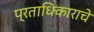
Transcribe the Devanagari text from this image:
प्रताधिकाराचे